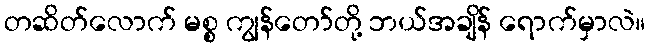
တဆိတ်လောက် မစ္စ ကျွန်တော်တို့ ဘယ်အချိန် ရောက်မှာလဲ။